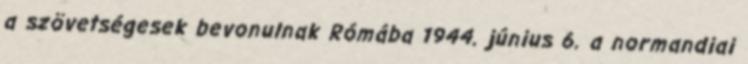
a szövetségesek bevonulnak Rómába 1944. június 6. a normandiai